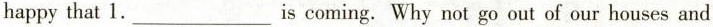
happy that 1.___ is coming. Why not go out of our houses and